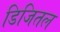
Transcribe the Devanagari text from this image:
डिजितल